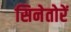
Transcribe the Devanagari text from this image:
सिनेतोरें